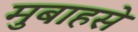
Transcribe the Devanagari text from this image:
मुबाहसे